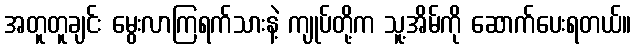
အတူတူချင်း မွေးလာကြရက်သားနဲ့ ကျုပ်တို့က သူ့အိမ်ကို ဆောက်ပေးရတယ်။